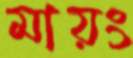
মায়ং